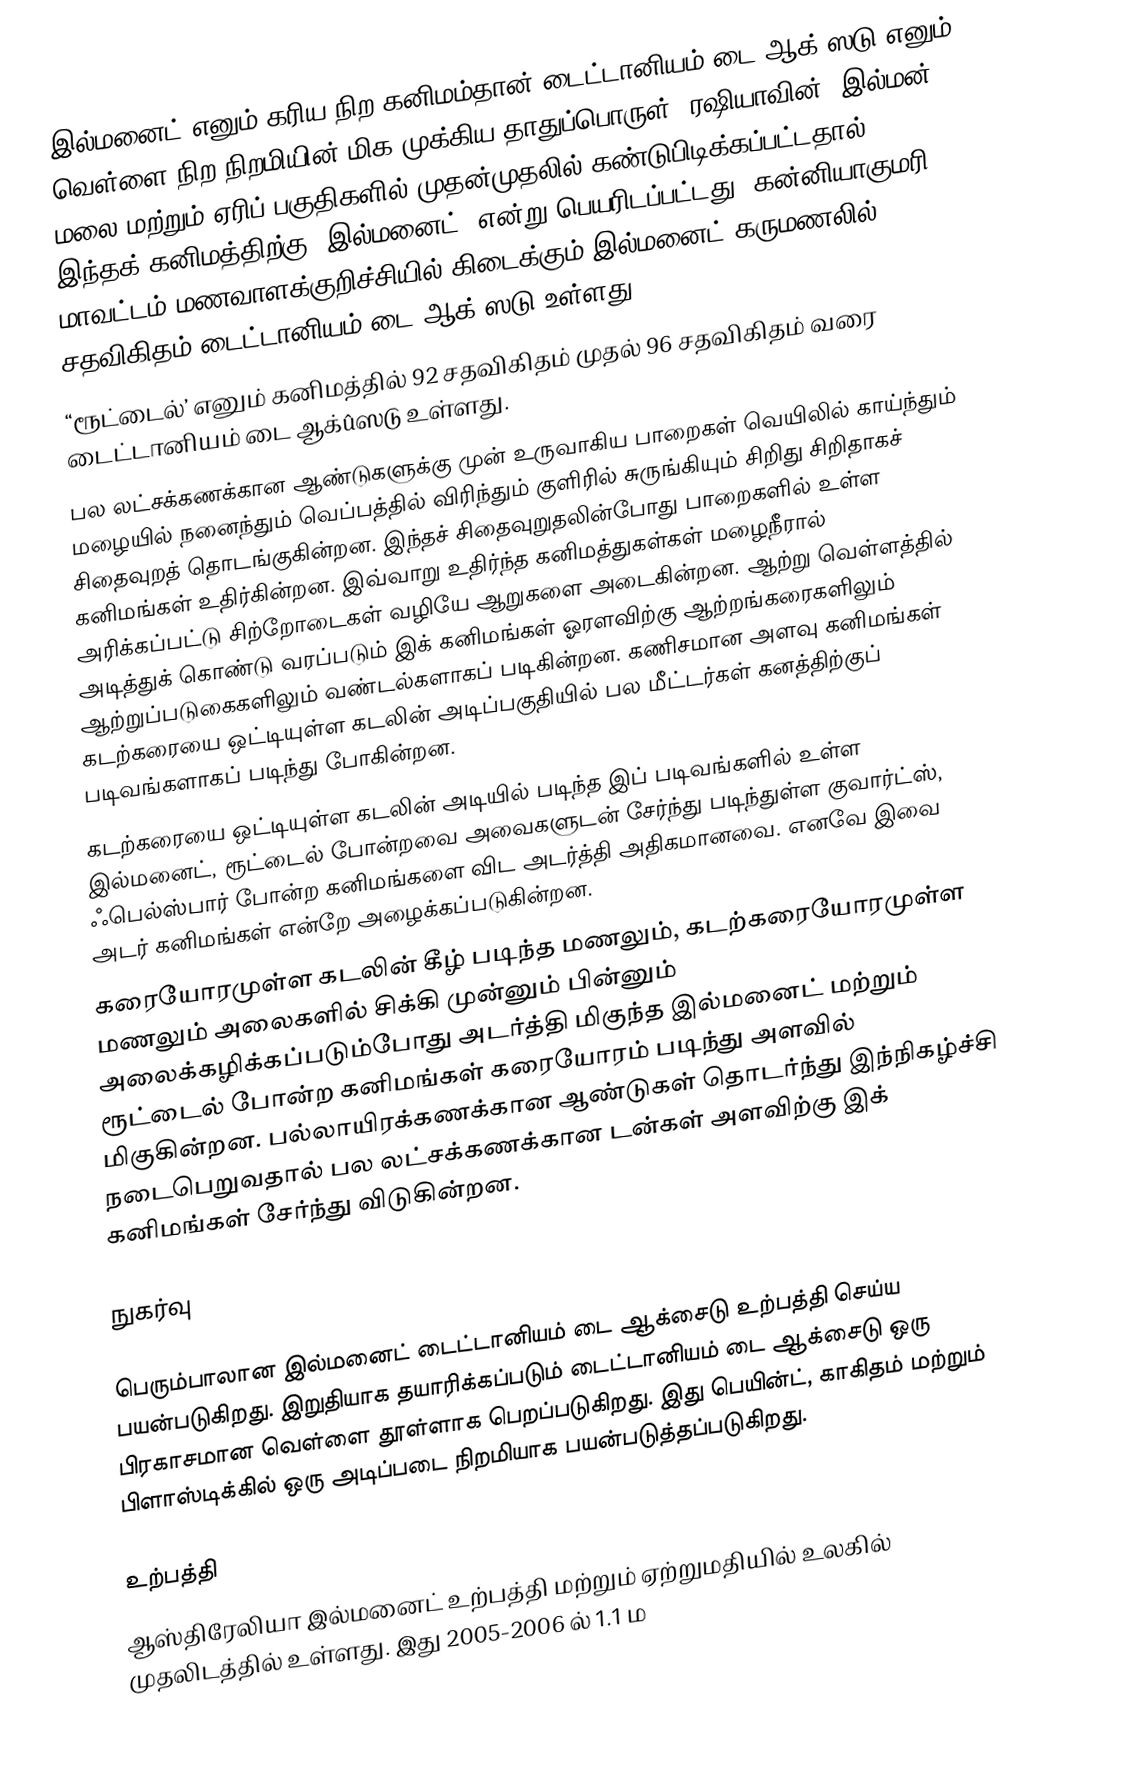
இல்மனைட் எனும் கரிய நிற கனிமம்தான் டைட்டானியம் டை ஆக்ûஸடு எனும் வெள்ளை நிற நிறமியின் மிக முக்கிய தாதுப்பொருள். ரஷியாவின் “இல்மன்’ மலை மற்றும் ஏரிப் பகுதிகளில் முதன்முதலில் கண்டுபிடிக்கப்பட்டதால் இந்தக் கனிமத்திற்கு “இல்மனைட்’ என்று பெயரிடப்பட்டது. கன்னியாகுமரி மாவட்டம் மணவாளக்குறிச்சியில் கிடைக்கும் இல்மனைட் கருமணலில் 55 சதவிகிதம் டைட்டானியம் டை ஆக்ûஸடு உள்ளது.
“ரூட்டைல்’ எனும் கனிமத்தில் 92 சதவிகிதம் முதல் 96 சதவிகிதம் வரை டைட்டானியம் டை ஆக்ûஸடு உள்ளது.
பல லட்சக்கணக்கான ஆண்டுகளுக்கு முன் உருவாகிய பாறைகள் வெயிலில் காய்ந்தும் மழையில் நனைந்தும் வெப்பத்தில் விரிந்தும் குளிரில் சுருங்கியும் சிறிது சிறிதாகச் சிதைவுறத் தொடங்குகின்றன. இந்தச் சிதைவுறுதலின்போது பாறைகளில் உள்ள கனிமங்கள் உதிர்கின்றன. இவ்வாறு உதிர்ந்த கனிமத்துகள்கள் மழைநீரால் அரிக்கப்பட்டு சிற்றோடைகள் வழியே ஆறுகளை அடைகின்றன. ஆற்று வெள்ளத்தில் அடித்துக் கொண்டு வரப்படும் இக் கனிமங்கள் ஓரளவிற்கு ஆற்றங்கரைகளிலும் ஆற்றுப்படுகைகளிலும் வண்டல்களாகப் படிகின்றன. கணிசமான அளவு கனிமங்கள் கடற்கரையை ஒட்டியுள்ள கடலின் அடிப்பகுதியில் பல மீட்டர்கள் கனத்திற்குப் படிவங்களாகப் படிந்து போகின்றன.
கடற்கரையை ஒட்டியுள்ள கடலின் அடியில் படிந்த இப் படிவங்களில் உள்ள இல்மனைட், ரூட்டைல் போன்றவை அவைகளுடன் சேர்ந்து படிந்துள்ள குவார்ட்ஸ், ஃபெல்ஸ்பார் போன்ற கனிமங்களை விட அடர்த்தி அதிகமானவை. எனவே இவை அடர் கனிமங்கள் என்றே அழைக்கப்படுகின்றன.
கரையோரமுள்ள கடலின் கீழ் படிந்த மணலும், கடற்கரையோரமுள்ள மணலும் அலைகளில் சிக்கி முன்னும் பின்னும் அலைக்கழிக்கப்படும்போது அடர்த்தி மிகுந்த இல்மனைட் மற்றும் ரூட்டைல் போன்ற கனிமங்கள் கரையோரம் படிந்து அளவில் மிகுகின்றன. பல்லாயிரக்கணக்கான ஆண்டுகள் தொடர்ந்து இந்நிகழ்ச்சி நடைபெறுவதால் பல லட்சக்கணக்கான டன்கள் அளவிற்கு இக் கனிமங்கள் சேர்ந்து விடுகின்றன.

நுகர்வு

பெரும்பாலான இல்மனைட் டைட்டானியம் டை ஆக்சைடு உற்பத்தி செய்ய பயன்படுகிறது. இறுதியாக தயாரிக்கப்படும்  டைட்டானியம் டை ஆக்சைடு ஒரு பிரகாசமான வெள்ளை தூள்ளாக பெறப்படுகிறது. இது பெயின்ட், காகிதம் மற்றும் பிளாஸ்டிக்கில் ஒரு அடிப்படை நிறமியாக பயன்படுத்தப்படுகிறது.

உற்பத்தி
ஆஸ்திரேலியா இல்மனைட் உற்பத்தி மற்றும் ஏற்றுமதியில் உலகில் முதலிடத்தில் உள்ளது. இது 2005-2006 ல் 1.1 ம